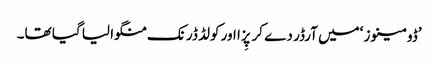
’ڈومینوز ‘میں آرڈر دے کر پِزا اور کولڈ ڈرنک منگوا لیا گیا تھا۔